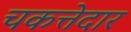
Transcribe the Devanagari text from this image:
चकत्तेदार